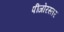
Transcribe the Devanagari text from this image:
पींजोरस्तर